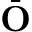
\bar { \bf O }